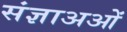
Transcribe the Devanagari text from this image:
संज्ञाअओं